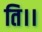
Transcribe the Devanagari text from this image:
ति।।